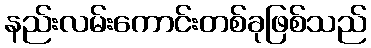
နည်းလမ်းကောင်းတစ်ခုဖြစ်သည်